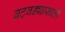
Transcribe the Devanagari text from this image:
बटवड्यासाठी